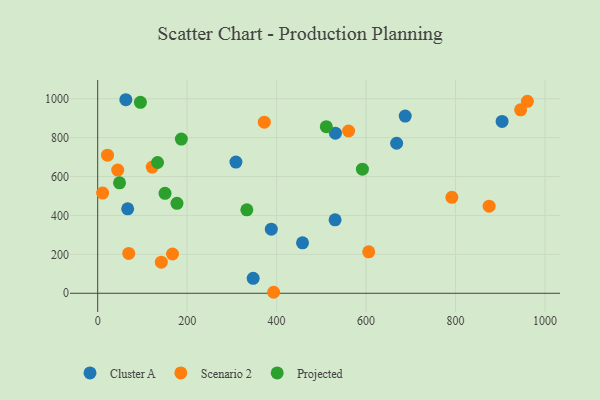
{"axis": {"x": "Speed", "y": "Demand"}, "legend": ["Cluster A", "Projected", "Scenario 2"], "data": [{"x": "457.9", "y": 259.0, "type": "Cluster A"}, {"x": "531.4", "y": 822.6, "type": "Cluster A"}, {"x": "347.6", "y": 76.9, "type": "Cluster A"}, {"x": "530.7", "y": 377.7, "type": "Cluster A"}, {"x": "668.3", "y": 770.9, "type": "Cluster A"}, {"x": "309.0", "y": 674.3, "type": "Cluster A"}, {"x": "904.1", "y": 883.0, "type": "Cluster A"}, {"x": "687.5", "y": 910.7, "type": "Cluster A"}, {"x": "62.9", "y": 994.7, "type": "Cluster A"}, {"x": "388.1", "y": 329.5, "type": "Cluster A"}, {"x": "67.0", "y": 434.0, "type": "Cluster A"}, {"x": "11.0", "y": 514.9, "type": "Scenario 2"}, {"x": "21.9", "y": 709.6, "type": "Scenario 2"}, {"x": "560.9", "y": 833.9, "type": "Scenario 2"}, {"x": "69.3", "y": 204.7, "type": "Scenario 2"}, {"x": "875.1", "y": 447.5, "type": "Scenario 2"}, {"x": "791.8", "y": 493.3, "type": "Scenario 2"}, {"x": "960.6", "y": 986.4, "type": "Scenario 2"}, {"x": "393.3", "y": 5.1, "type": "Scenario 2"}, {"x": "142.2", "y": 160.0, "type": "Scenario 2"}, {"x": "605.9", "y": 212.9, "type": "Scenario 2"}, {"x": "372.5", "y": 879.5, "type": "Scenario 2"}, {"x": "44.8", "y": 633.1, "type": "Scenario 2"}, {"x": "945.5", "y": 943.0, "type": "Scenario 2"}, {"x": "167.2", "y": 201.8, "type": "Scenario 2"}, {"x": "121.9", "y": 648.5, "type": "Scenario 2"}, {"x": "333.4", "y": 428.7, "type": "Projected"}, {"x": "133.8", "y": 672.1, "type": "Projected"}, {"x": "591.8", "y": 637.6, "type": "Projected"}, {"x": "150.5", "y": 513.8, "type": "Projected"}, {"x": "187.0", "y": 792.3, "type": "Projected"}, {"x": "48.8", "y": 567.7, "type": "Projected"}, {"x": "511.1", "y": 856.1, "type": "Projected"}, {"x": "95.5", "y": 981.3, "type": "Projected"}, {"x": "177.2", "y": 462.1, "type": "Projected"}]}